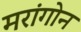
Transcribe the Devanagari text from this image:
मरांगोन